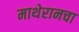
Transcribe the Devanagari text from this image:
माथेरानचा